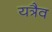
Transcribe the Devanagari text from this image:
यत्रैव